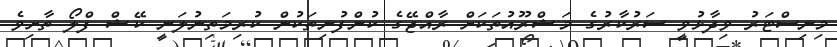
މިނިސްޓަރު ވިދާޅުވީ ސަރުކާރުގެ މަޝްރޫއުތަކަށް ރާއްޖޭގެ ކުންފުނިތަކުން ކުރިމަތިނުލަނީ ކޭޝް ފްލޯ ތާށިވެ